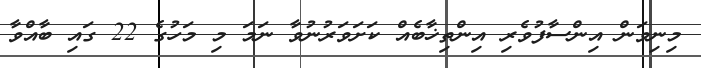
މިނިވަން އިންސާފުވެރި އިންތިޚާބެއް ކަށަވަރުނުވާ ނަމަ މި މަހުގެ 22 ގައި ބާއްވާ